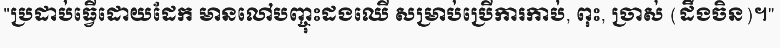
"ប្រដាប់ធ្វើដោយដែក មានលៅបញ្ចុះដងឈើ សម្រាប់ប្រើការកាប់, ពុះ, ច្រាស់ (ដឹងចិន)។"